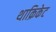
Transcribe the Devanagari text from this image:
थाक्रिकेट